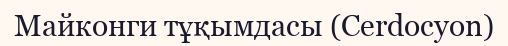
Майконги тұқымдасы (Cerdocyon)